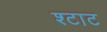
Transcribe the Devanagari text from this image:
श्टाट